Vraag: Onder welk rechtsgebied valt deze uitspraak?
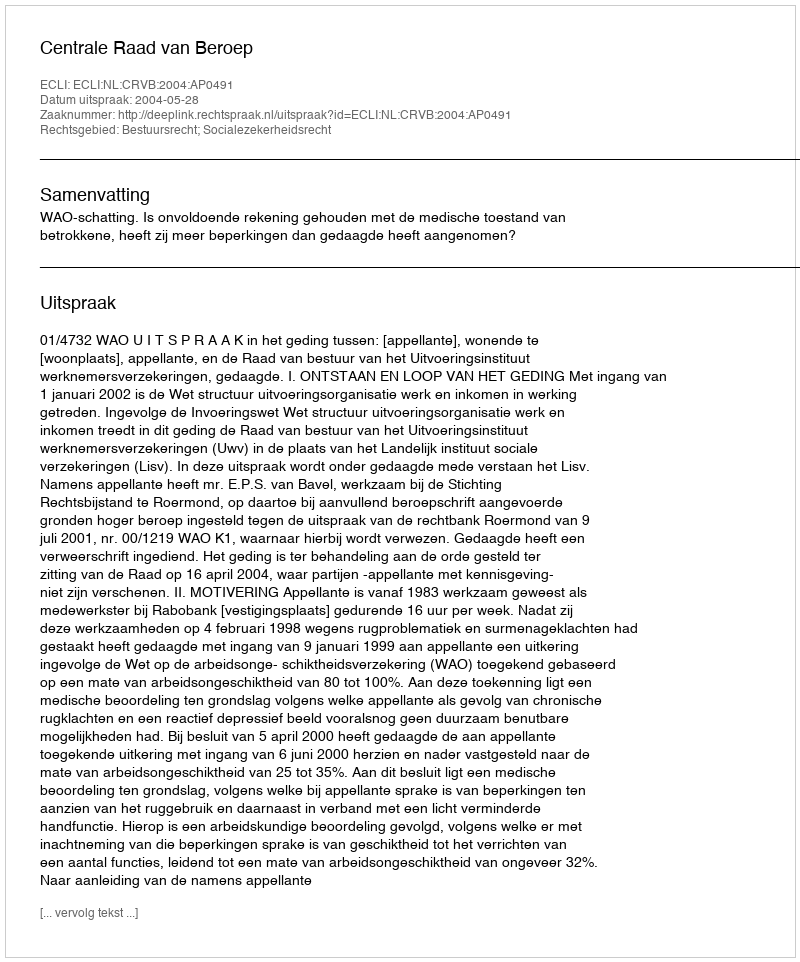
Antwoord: Bestuursrecht; Socialezekerheidsrecht